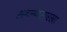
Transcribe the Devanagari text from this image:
सडल्यासारखा